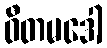
ဝီတမဒေါ